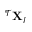
{ } ^ { \mathcal { T } } \mathbf { X } _ { I }